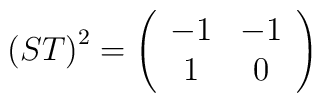
\left( ST\right) ^{2}=\left( \begin{array}{cc}-1 & -1\\1 & 0\end{array}\right)